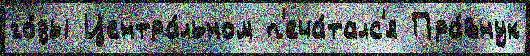
го́ды Центра́льном п'еча́талс'я Пра́внук